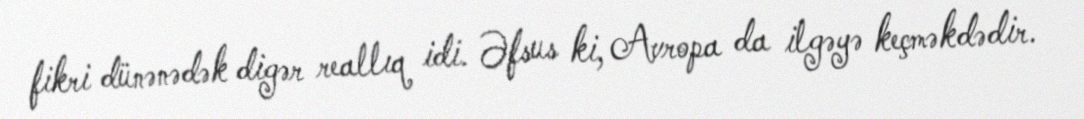
fikri dünənədək digər reallıq idi. Əfsus ki, Avropa da ilgəyə keçməkdədir.